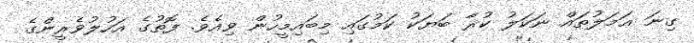
ގިނަ ޢަމަލުތައް ނަކަލު ކުރާ ބަޔަކު ކަމުގައި މިބައިމީހުން ވިއެވެ. ފޮތުގެ އަހުލުވެރީންގެ